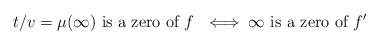
\begin{align*}t/v = \mu(\infty) \textrm{ is a zero of $f$ } \iff \infty \textrm{ is a zero of } f'\end{align*}